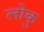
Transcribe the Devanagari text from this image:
लोकु